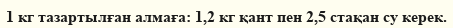
1 кг тазартылған алмаға: 1,2 кг қант пен 2,5 стақан су керек.